Medical and sanitary report of the native army of Bengal for the year
Year: 1876
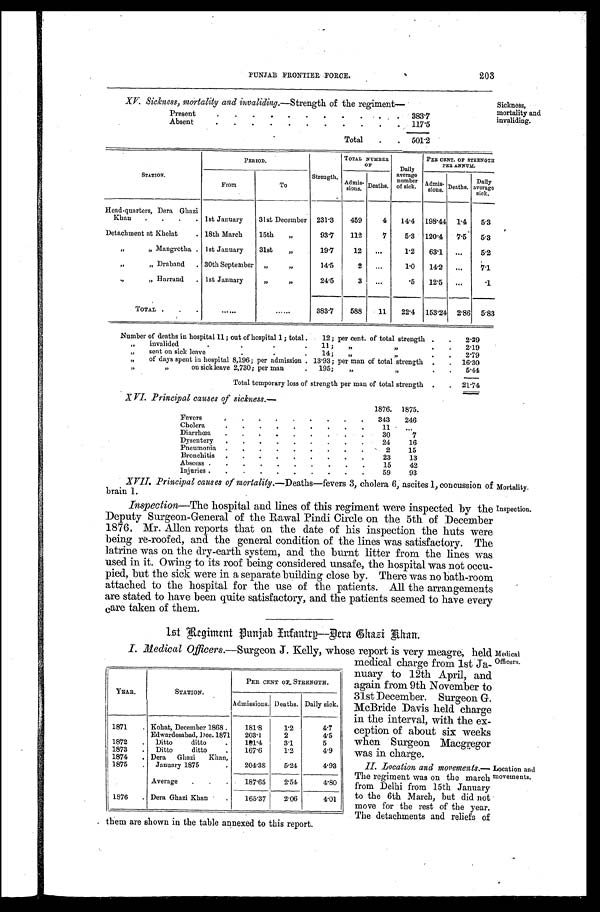
PUNJAB FRONTIER FORCE.
203
XV. Sickness, mortality and invaliding.- Strength of the regiment-
Sickness,
mortality and
invaliding.
STATION.
PERIOD.
Strength.
TOTAL NUMBER
OF
Daily
average number
of sick.
PER CENT. OF STRENGTH P E R A N N U M.
From
To
Admis- sions. Deaths.
Admis- sions. Deaths.
Daily
average sick.
Head-quarters, Dera. Ghazi
Khau
1st January 31st December 231.3
459
4 14.4 198.44 1.4 5.3
Detachment at Khelat
18th March
15th „
93.7 112
7
5.3 120.4 7.5 5.3
„ „ Mangrotha 1st January 31st „
19.7
12
1.2 63.1
5.2
„ „ Draband
30th September „ „
14.5
2
1 . 0 14.2
7.1
„ „ Harrand
1st January
„ „
24.5
3
.5 12.5
.1
TOTAL
383.7
588 11 22.4 153.24 2.86 5.83
Number of deaths in hospital 11; out of hospital 1; total 12; per cent. of total strength
2.39
„ i n v a l i d e d 1 1 ; „ „
2.19
„ „ s e n t o n s i c k l e a v e 1 4 ; „ „
2.79
„ of days spent in hospital 8,196; per admission 13.93; per man of total strength
16.30
„ „ on sick leave 2,730; per man 195; „ „
5.44
Total temporary loss of strength per man of total strength
21.74
XVI. Principal causes of sickness.-
1876. 1875.
Fevers
343 2 4 6
Cholera
1 1
Diarrhœa
30
7
Dysentery
24
16
Pneumonia
2
15
Bronchitis
23
13
Abscess
15
42
Injuries
59
93
XVII. Principal causes of mortality.— Deaths-fevers 3, cholera 6; ascites 1, concussion of
brain 1.
Mortality.
Inspection—The hospital and lines of this regiment were inspected by the
Deputy Surgeon-General of the Rawal Pindi Circle on the 5th of December
1876, Mr. Allen reports that on the date of his inspection the huts were
being re-roofed, and the general condition of the lines was satisfactory. The
latrine was on the dry-earth system, and the burnt litter from the lines was
used in it. Owing to its roof being considered unsafe, the hospital was not occu
-pied, but the sick were in a separate building close by. There was no bath-room
attached to the hospital for the use of the patients. All the arrangements
are stated to have been quite satisfactory, and the patients seemed to have every
care taken of them.
Inspection
.
I s t Re g i me n t Pu n j a b I n f a n t r y - De r a Gh a z i Kh a n .
I. Medical Officers.-Surgeon J . Kelly, whose report is very meagre; held
medical charge from 1st Ja-
unary to 12th April, and
again from 9th November to
31st December. Surgeon G.
McBride Davis held charge
in the interval, with the ex
-ception of about six weeks
when Surgeon Macgregor
was in charge.
Medical
Offi
cers.
II. Location and movements.
—The regiment was on the march
from Delhi from 15th January
to the 6th March, but did not
move for the rest of the year.
The detachments and reliefs of
them are shown in the table annexed to this report.
Location and
movements.
Present
383.7
Absent
117.5
Total
501.2
YEAR.
STATION.
PER CENT OF STRENGTH.
Admissions. Deaths. Daily sick.
1871
Kohat, December 1868
181.8
1.2
4.7
Edwardesabad, Dec. 1871 203.1
2
4.5
1872
Ditto ditto
181.4
3.1
5
1873
Ditto ditto
167.6
1.2
4.9
1874
Dera Ghazi Khan,
1875
January 1875
204.38
5.24
4.93
Average
187.65
2.54
4.80
1876
Dera Ghazi Khan
165.37
2.06
4.01